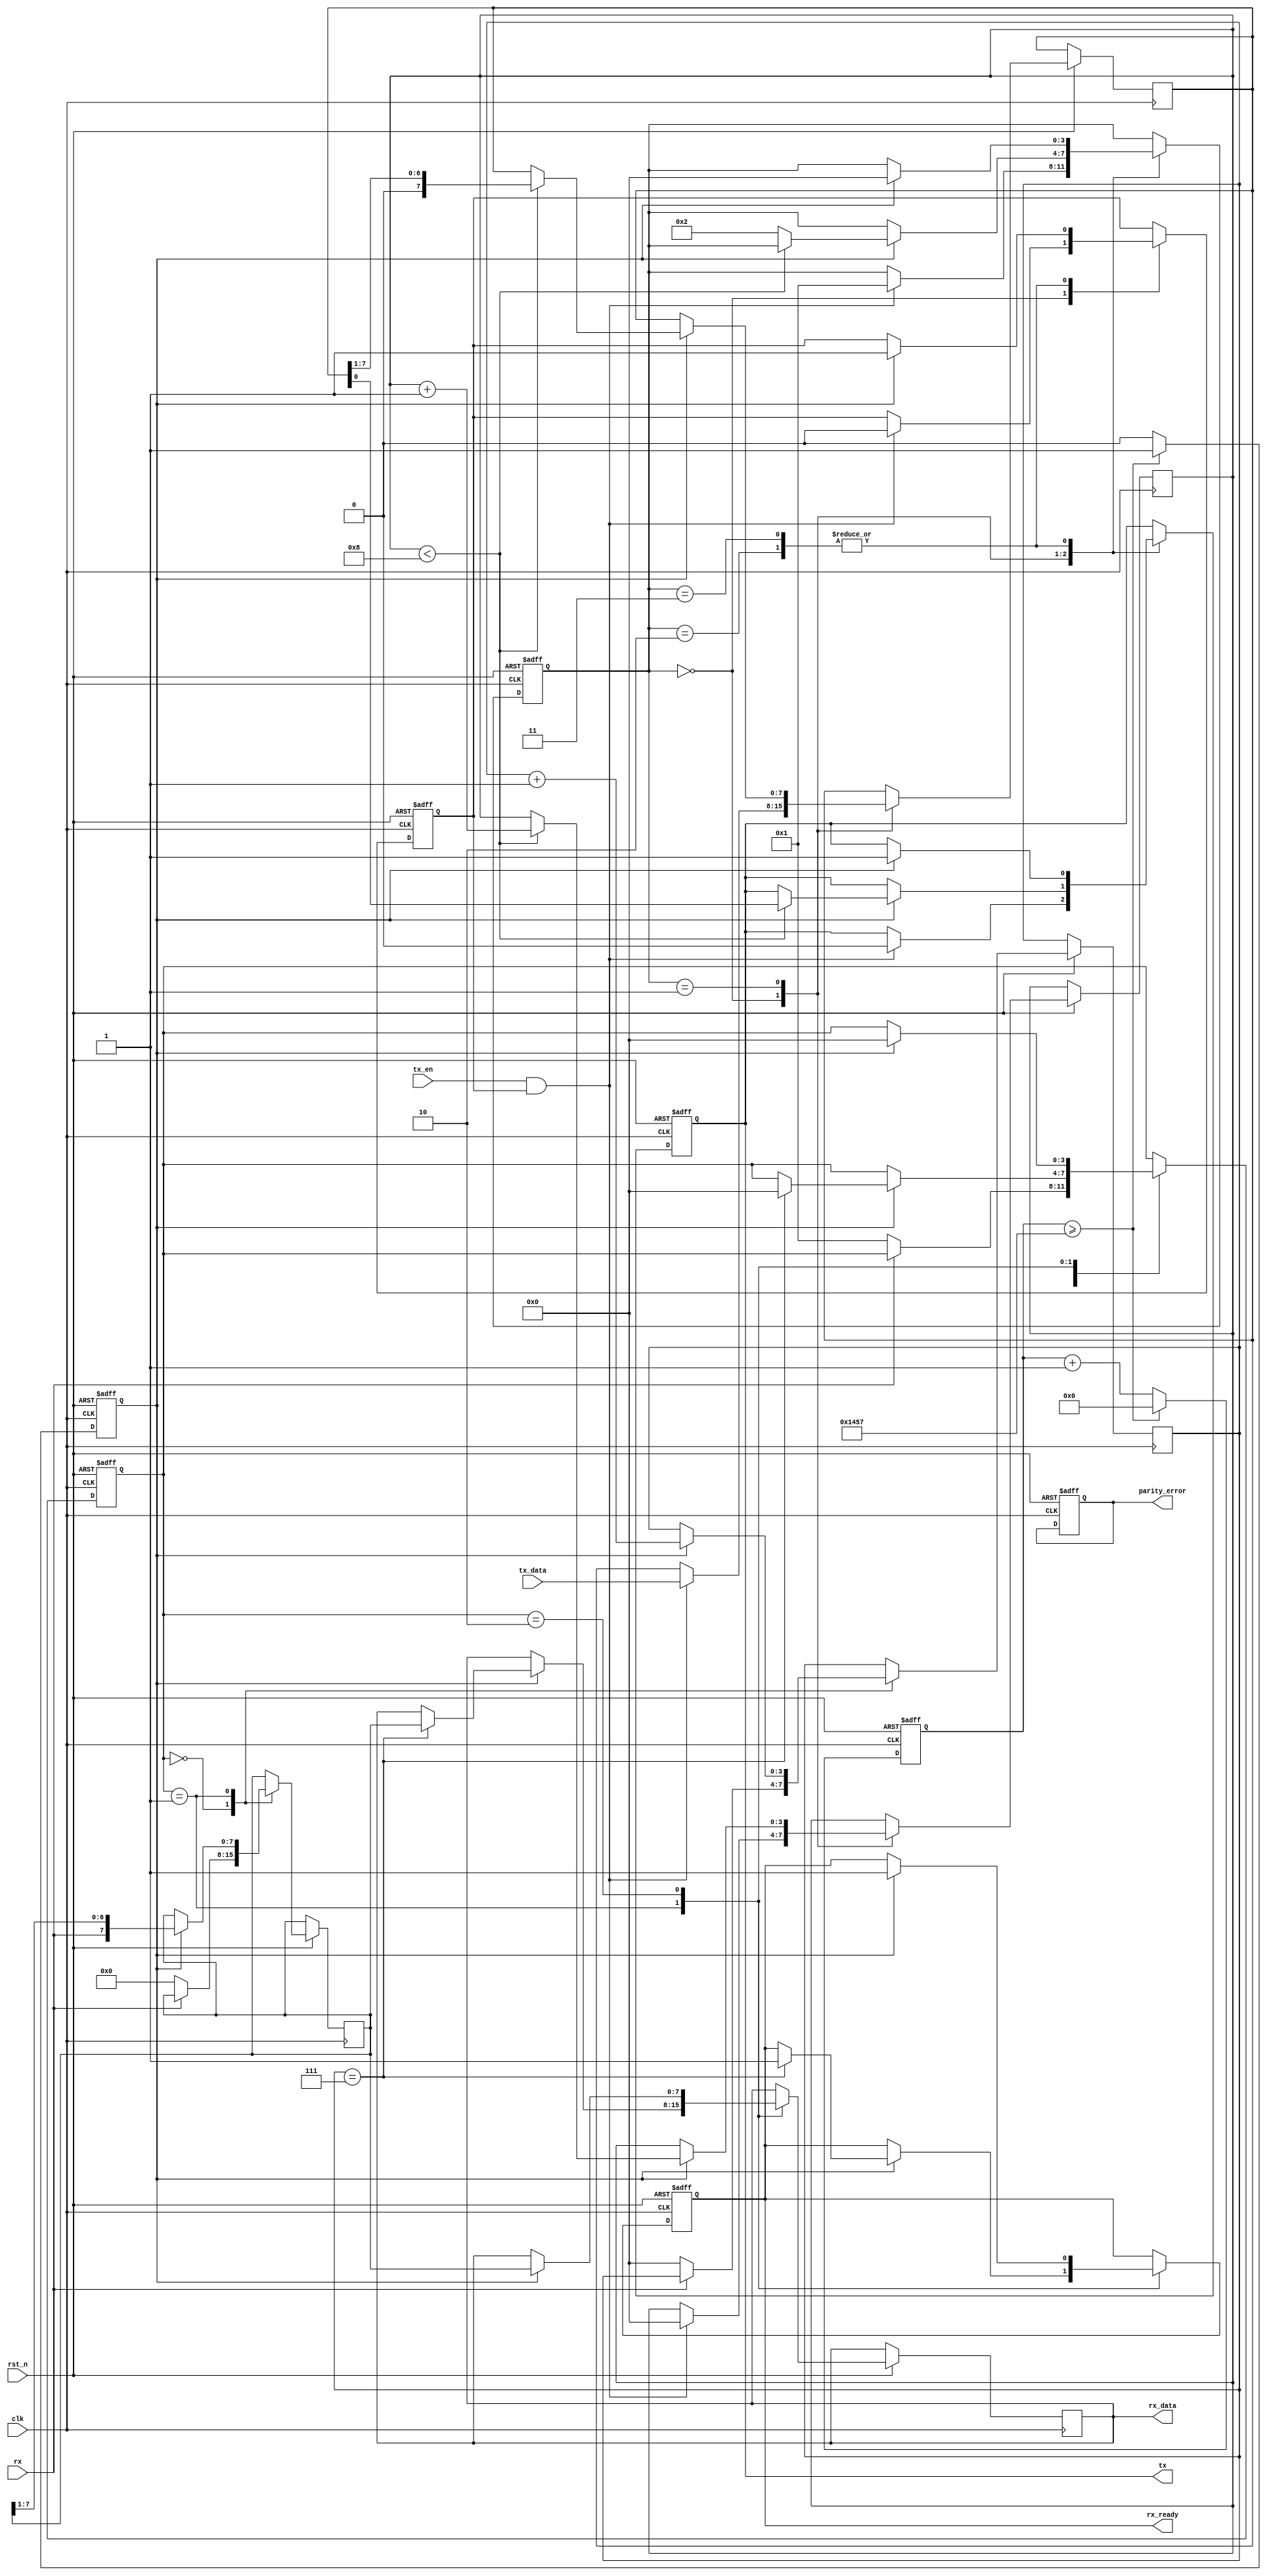
module parameterized_uart #(
    parameter BAUD_RATE = 9600,       // Baud rate
    parameter DATA_BITS = 8,           // Number of data bits (7 or 8)
    parameter STOP_BITS = 1,           // Number of stop bits (1 or 2)
    parameter PARITY = "NONE",          // Parity setting ("NONE", "EVEN", "ODD")
    parameter CLOCK_FREQ = 50000000     // System clock frequency (50 MHz)
)(
    input wire clk,                    // System clock
    input wire rst_n,                  // Active low reset
    input wire tx_en,                  // Transmit enable
    input wire [DATA_BITS-1:0] tx_data,// Data to transmit
    output reg tx,                     // Serial transmit output
    input wire rx,                     // Serial receive input
    output reg [DATA_BITS-1:0] rx_data,// Received data output
    output reg rx_ready,               // Data ready flag
    output reg parity_error            // Parity error flag
);

// Baud rate generator
reg [15:0] baud_counter;
reg baud_tick;

initial begin
    baud_counter = 0;
    baud_tick = 0;
end

always @(posedge clk or negedge rst_n) begin
    if (!rst_n) begin
        baud_counter <= 0;
        baud_tick <= 0;
    end else begin
        if (baud_counter >= (CLOCK_FREQ / BAUD_RATE) - 1) begin
            baud_counter <= 0;
            baud_tick <= 1;
        end else begin
            baud_counter <= baud_counter + 1;
            baud_tick <= 0;
        end
    end
end

// Transmitter
reg [3:0] tx_state;
reg [DATA_BITS-1:0] tx_shift;
reg [3:0] tx_bit_count;
reg tx_done;

initial begin
    tx_state = 0;
    tx = 1; // Idle state
    tx_done = 1;
end

always @(posedge clk or negedge rst_n) begin
    if (!rst_n) begin
        tx_state <= 0;
        tx <= 1;
        tx_done <= 1;
    end else begin
        case (tx_state)
            0: begin // Idle state
                if (tx_en && tx_done) begin
                    tx_shift <= tx_data;
                    tx_bit_count <= 0;
                    tx_done <= 0;
                    tx <= 0; // Start bit
                    tx_state <= 1;
                end
            end
            1: begin // Transmitting data
                if (baud_tick) begin
                    if (tx_bit_count < DATA_BITS) begin
                        tx <= tx_shift[0]; // Send LSB first
                        tx_shift <= {1'b0, tx_shift[DATA_BITS-1:1]}; // Shift
                        tx_bit_count <= tx_bit_count + 1;
                    end else begin
                        // Handle parity bit
                        if (PARITY != "NONE") begin
                            tx <= (PARITY == "EVEN") ? (~^tx_data) : (^tx_data);
                            tx_state <= 2; // Go to stop bit
                        end else begin
                            tx_state <= 2; // No parity, go to stop bit
                        end
                    end
                end
            end
            2: begin // Stop bit(s)
                if (baud_tick) begin
                    tx <= 1; // Stop bit
                    if (STOP_BITS == 2) begin
                        tx_state <= 3; // Second stop bit
                    end else begin
                        tx_state <= 0; // Back to idle
                        tx_done <= 1;
                    end
                end
            end
            3: begin // Second stop bit
                if (baud_tick) begin
                    tx <= 1; // Second stop bit
                    tx_state <= 0; // Back to idle
                    tx_done <= 1;
                end
            end
        endcase
    end
end

// Receiver
reg [3:0] rx_state;
reg [DATA_BITS-1:0] rx_shift;
reg [3:0] rx_bit_count;

initial begin
    rx_state = 0;
    rx_ready = 0;
    parity_error = 0;
end

always @(posedge clk or negedge rst_n) begin
    if (!rst_n) begin
        rx_state <= 0;
        rx_ready <= 0;
        parity_error <= 0;
    end else begin
        case (rx_state)
            0: begin // Idle state
                if (rx == 0) begin // Start bit detected
                    rx_state <= 1;
                    rx_bit_count <= 0;
                    rx_shift <= 0;
                end
            end
            1: begin // Receiving data
                if (baud_tick) begin
                    rx_shift <= {rx, rx_shift[DATA_BITS-1:1]}; // Shift in received bit
                    rx_bit_count <= rx_bit_count + 1;
                    if (rx_bit_count == DATA_BITS - 1) begin
                        // Handle parity check
                        if (PARITY != "NONE") begin
                            rx_state <= 2; // Go to parity check
                        end else begin
                            rx_data <= rx_shift;
                            rx_ready <= 1;
                            rx_state <= 0; // Back to idle
                        end
                    end
                end
            end
            2: begin // Parity check
                if (baud_tick) begin
                    if ((PARITY == "EVEN" && rx != ~^rx_shift) ||
                        (PARITY == "ODD" && rx != ^rx_shift)) begin
                        parity_error <= 1; // Parity error detected
                    end
                    rx_data <= rx_shift;
                    rx_ready <= 1;
                    rx_state <= 0; // Back to idle
                end
            end
        endcase
    end
end

endmodule